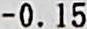
-0.15